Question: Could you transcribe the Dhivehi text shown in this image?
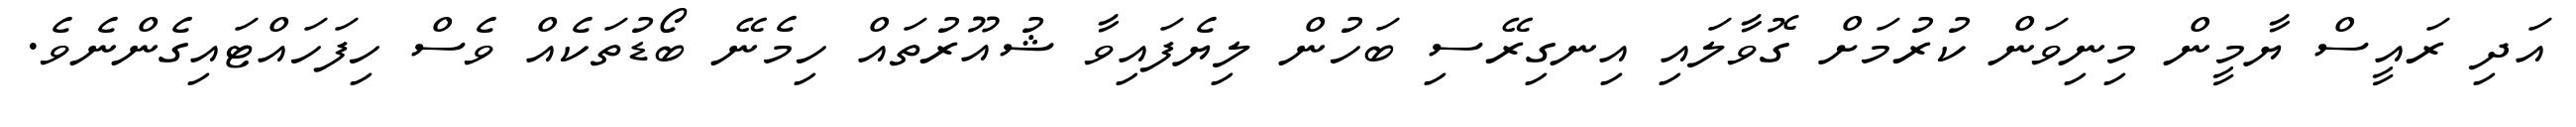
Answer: އަދި ރައީސް ޔާމީން މިނިވަން ކުރުމަށް ގޮވާލައި އިނގިރޭސި ބަހުން ލިޔެފައިވާ ޝުއޫރުތައް ހިމެނޭ ބޯޑުތަކެއް ވެސް ހިފަހައްޓައިގެންނެވެ.